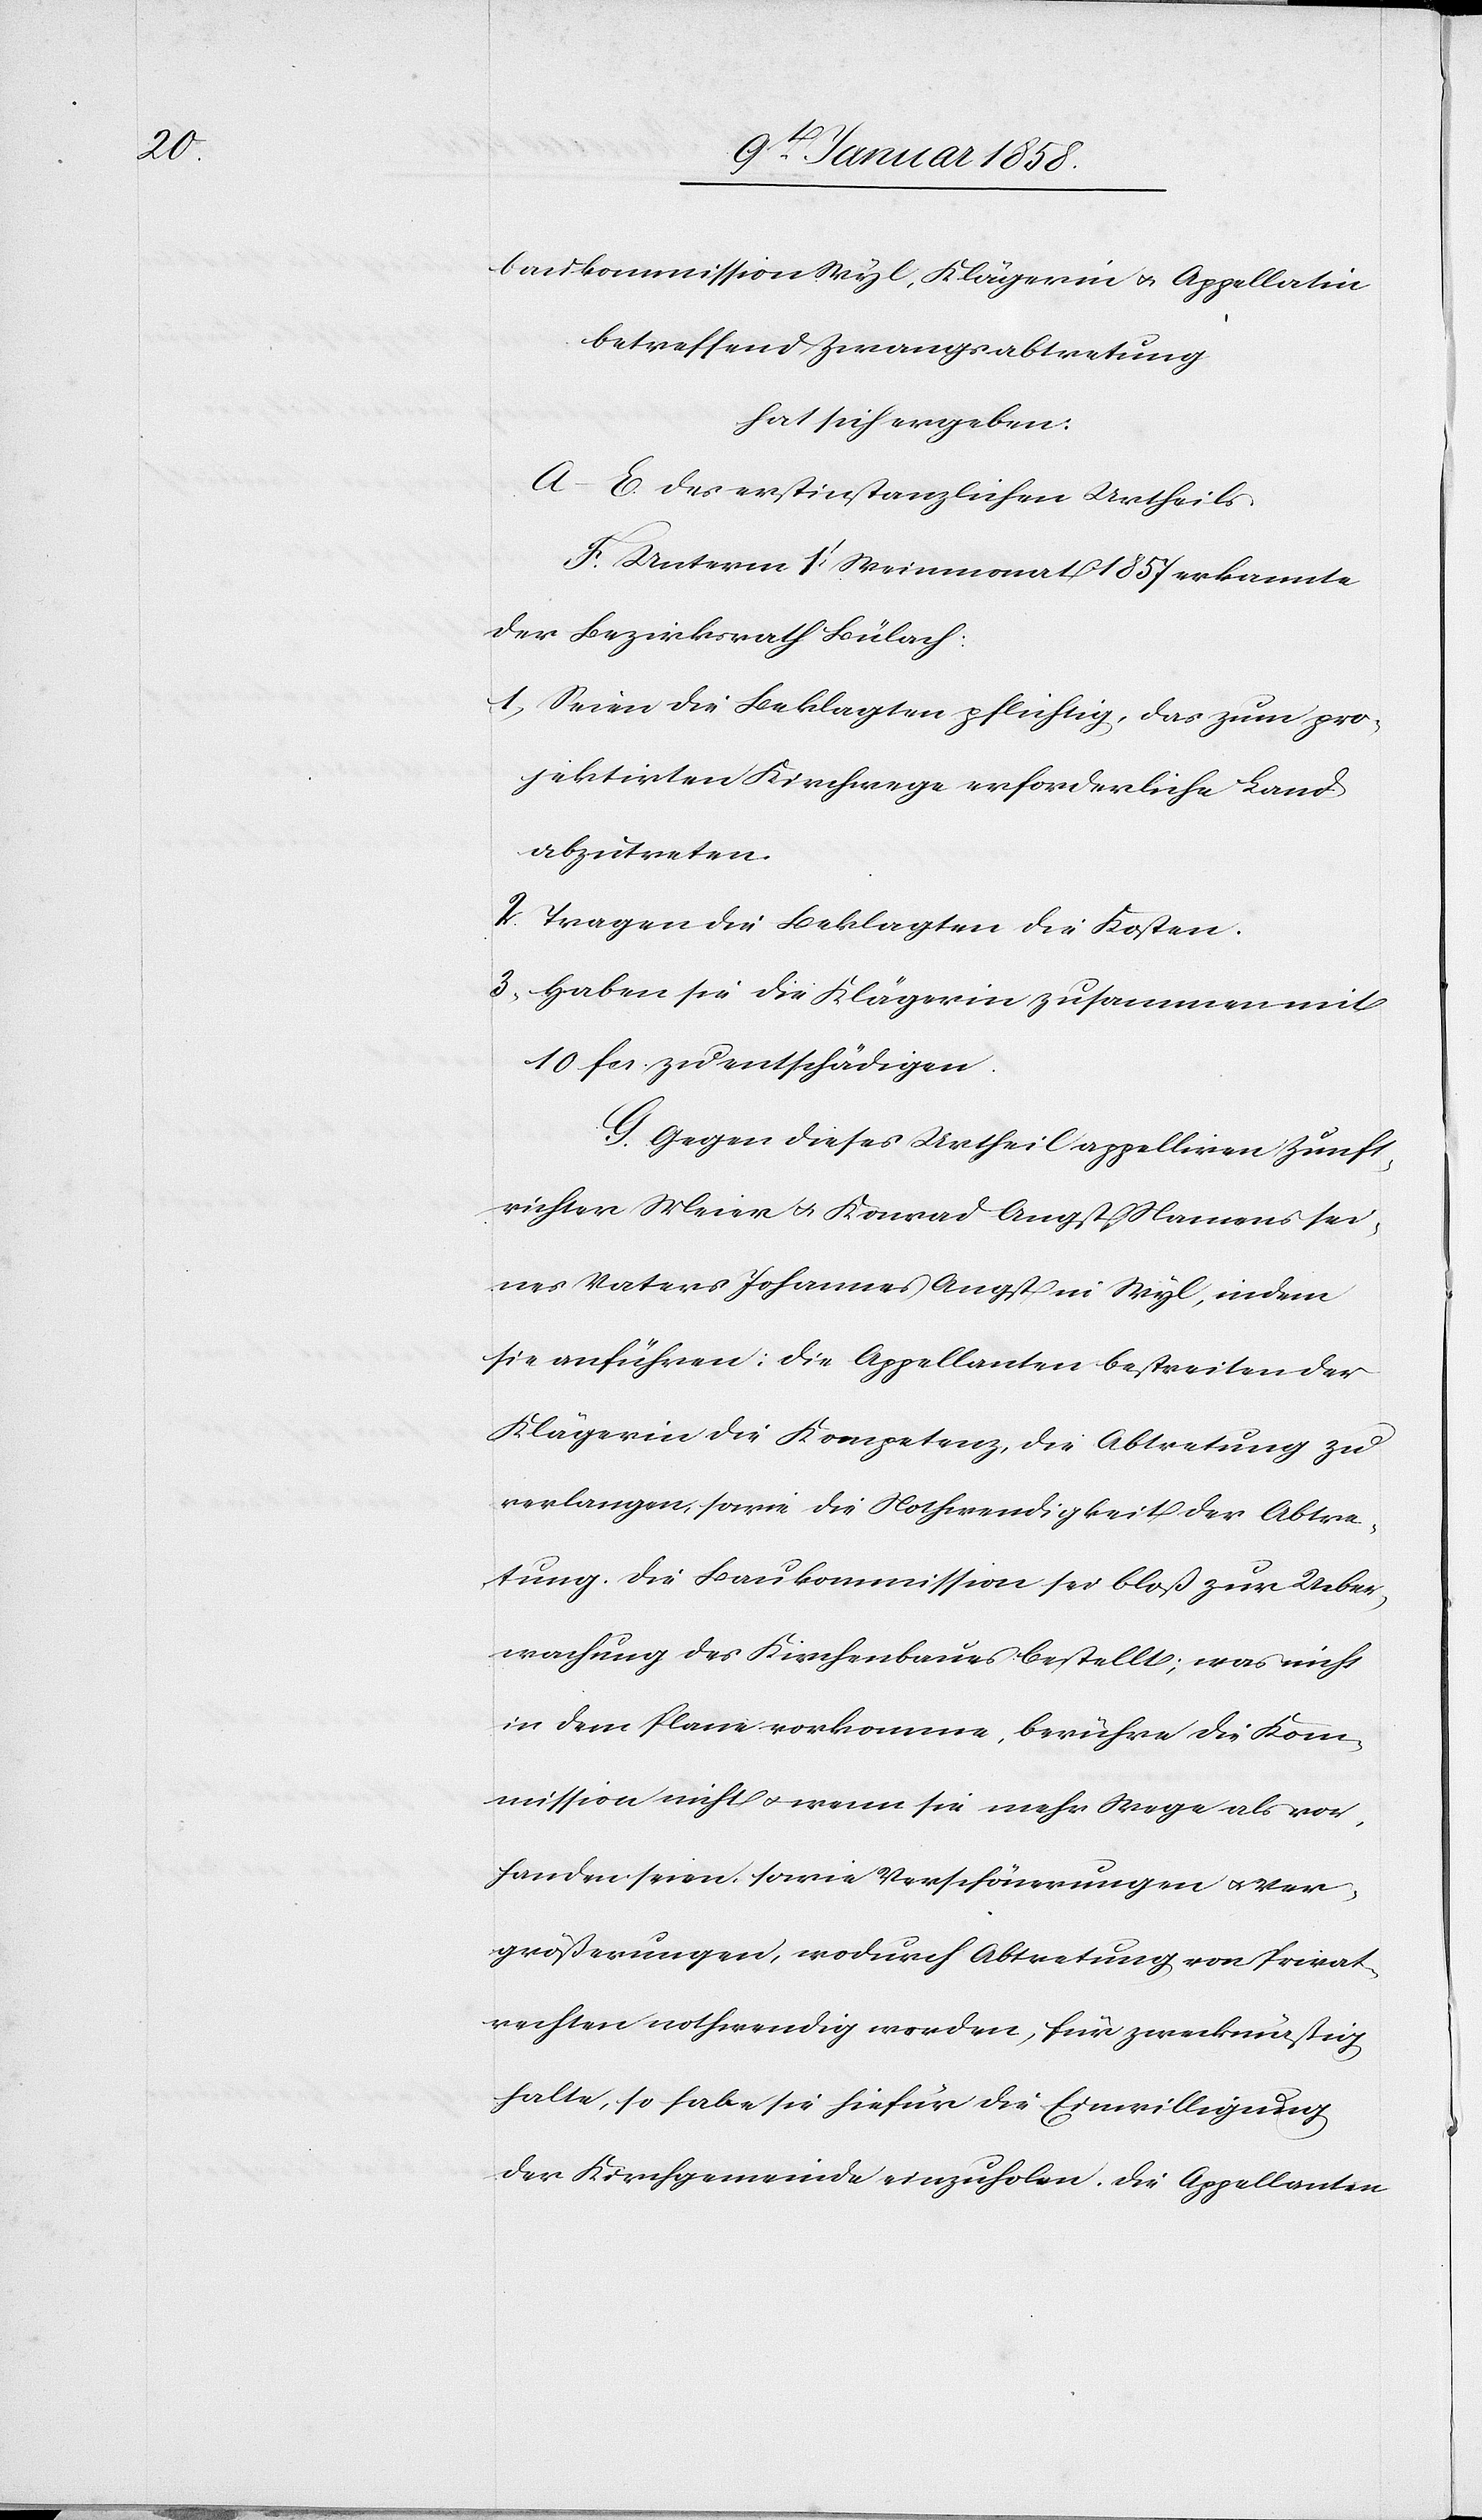
baukommission Wyl, Klägerin u. Appellatin
betreffend Zwangsabtretung
hat sich ergeben:
A–E. des erstinstanzlichen Urtheils.
F. Unterm 1t. Weinmonat 1857 erkannte
der Bezirksrath Bülach:
1. Seien die Beklagten pflichtig, das zum pro¬
jektirten Kirchwege erforderliche Land
abzutreten.
2. Tragen die Beklagten die Kosten.
3. Haben sie die Klägerin zusammen mit
10 fcs. zu entschädigen.
G. Gegen dieses Urtheil appelliren Zunft¬
richter Meier u. Konrad Angst, Namens sei¬
nes Vaters Johannes Angst in Wyl, indem
sie anführen: Die Appellanten bestreiten der
Klägerin die Kompetenz, die Abtretung zu
verlangen sowie die Nothwendigkeit der Abtre¬
tung. Die Baukommission sei bloß zur Ueber¬
wachung des Kirchenbaues bestellt; was nicht
in dem Plane vorkomme, berühre die Kom¬
mission nicht u. wenn sie mehr Wege als vor¬
handen seien, sowie Verschönerungen u. Ver¬
größerungen, wodurch Abtretung von Privat¬
rechten nothwendig werden, für zweckmäßig
halte, so habe sie hiefür die Einwilligung
der Kirchgemeinde einzuholen. Die Appellanten